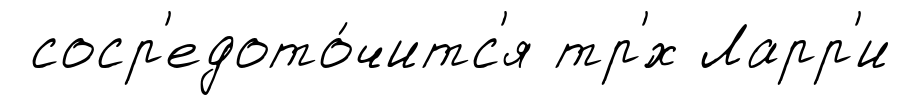
соср'едото́читс'я тр'́х Ларр'и